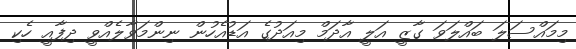
މިމައްސަލަ ބައްލަވަ ގާޒީ އަލީ އާދަމް މިއަދުގެ އަޑުއެހުން ނިންމަވާލެއްވީ ދިފާއީ ހެކި